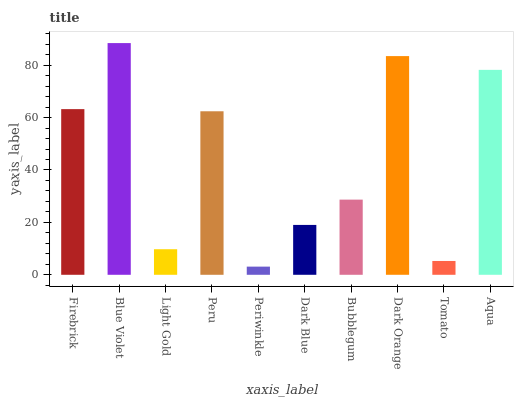
| xaxis_label | bars |
 | --- | --- |
 | Firebrick | 63.2 |
 | Blue Violet | 88.4 |
 | Light Gold | 9.76 |
 | Peru | 62.4 |
 | Periwinkle | 3.12 |
 | Dark Blue | 19 |
 | Bubblegum | 28.7 |
 | Dark Orange | 83.5 |
 | Tomato | 5.27 |
 | Aqua | 78.2 |